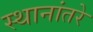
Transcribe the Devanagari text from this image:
स्थानांतरे